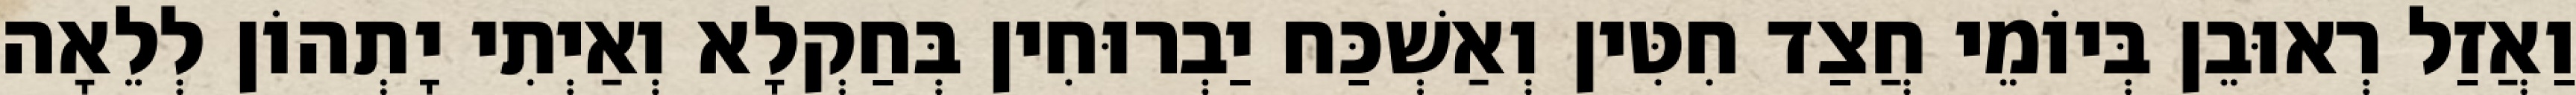
וַאֲזַל רְאוּבֵן בְּיוֹמֵי חֲצַד חִטִּין וְאַשְׁכַּח יַבְרוּחִין בְּחַקְלָא וְאַיְתִי יָתְהוֹן לְלֵאָה